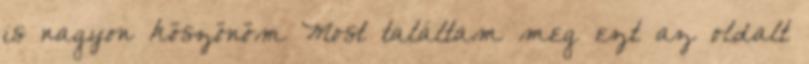
is nagyon köszönöm Most találtam meg ezt az oldalt